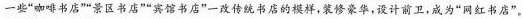
一些”咖啡书店””景区书店””宾馆书店”一改传统书店的模样，装修豪华，设计前卫，成为”网红书店”。